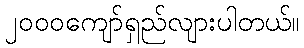
၂၀၀၀ကျော်ရှည်လျားပါတယ်။